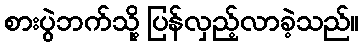
စားပွဲဘက်သို့ ပြန်လှည့်လာခဲ့သည်။